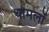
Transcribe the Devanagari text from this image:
थामलों